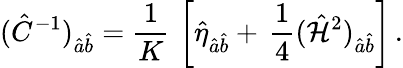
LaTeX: (\hat{C}^{-1})_{\hat{a}\hat{b}}={\frac{1}{K}}\, \left[\hat{\eta}_{\hat{a}\hat{b}}+\, {\frac{1}{4}}(\hat{{\cal H}}^{2})_{\hat{a}\hat{b}}\right]\, .